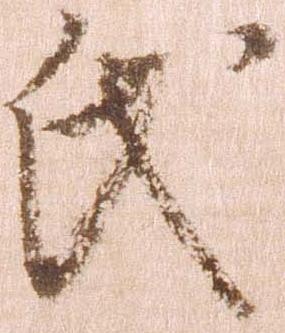
氏